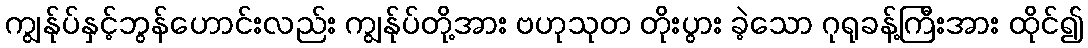
ကျွန်ုပ်နှင့်ဘွန်ဟောင်းလည်း ကျွန်ုပ်တို့အား ဗဟုသုတ တိုးပွား ခဲ့သော ဂုရုခန့်ကြီးအား ထိုင်၍